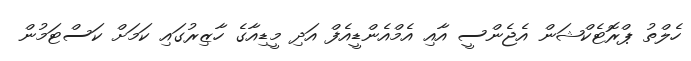
ހެލްތު ޕްރޮޓެކްޝަން އެޖެންސީ އާއި އެމްއެންޑީއެފް އަދި މީޑިއާގެ ހާޒިރުގައި ކަމަށް ކަސްޓަމުން